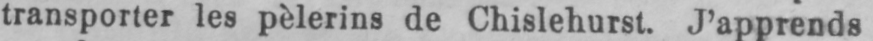
transporter les pèlerins de Chislehurst. J’apprends